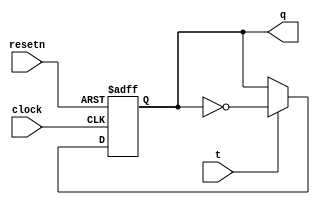
module TFF(t,clock,resetn,q);
	input t,resetn,clock;
	output reg q;
	always@(negedge resetn or negedge clock)
	begin
		if(!resetn)
			q <= 0;
		else
		begin
			if(t)
				q <= ~q;
			else
				q <= q;
		end
	end
endmodule